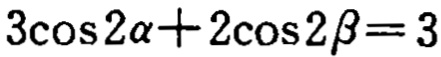
\(3\cos 2\alpha+2\cos 2\beta = 3\)